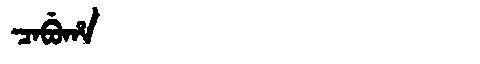
Manchu: ᠴᠠᠪᡠᡥᠠ
Romanization: CABUHA